system: You are a helpful assistant.
user:
Analyze the provided spectrum to determine if it is a **"Cataclysmic Variables (CV)"**.

- **Key Indicators for CV (Check for either state):**
    - **State 1: Quiescent / Low-State (Emission-Dominated)**
        - **(Primary):** Strong and *very broad* Hydrogen Balmer emission lines (e.g., $H\alpha$ at 6563 Å, $H\beta$ at 4861 Å). The 'broadness' (high velocity dispersion, often FWHM > 1000 km/s) is the key diagnostic, indicating a high-velocity accretion disk.
        - **(Secondary):** Broad neutral Helium (He I) emission lines (e.g., 5876 Å, 6678 Å).
        - **(Key Confirmation):** Presence of high-excitation *ionized* Helium (He II) emission at 4686 Å. This is a strong indicator of accretion onto a white dwarf.
        - **(Line Profile):** Emission lines may exhibit a 'double-peaked' profile, which is a classic signature of a rotating accretion disk viewed at high inclination.

    - **State 2: Outburst / High-State (Absorption-Dominated)**
        - **(Primary):** Spectrum is dominated by a bright, blue continuum (looks like a hot star).
        - **(Secondary):** The emission lines from State 1 are weak, absent, or 'filled in', and are replaced by broad, shallow *absorption* lines (primarily Balmer and He I).
        - **(Morphology):** The overall spectrum mimics a hot B/A-type star. The crucial difference is that the absorption lines are significantly broader, shallower, and more 'washed-out' (or 'smeared') than the sharp lines of a normal stellar photosphere, due to high rotational speeds and pressure broadening in the disk.

Think first, call **spectral_visualization_tool** if needed to examine features in detail, then provide your final answer. Your response must adhere to the following strict rules:
1.  **Overall Structure:** Your response must follow the format `<think>...</think> <tool_call>...</tool_call> (if a tool is used) <answer>...</answer>`.
2.  **Tool Usage Constraint:** You may only make **one** tool call per turn.
3.  **Final Answer Format:** In the `<answer>` tag, your conclusion must be inside a `\boxed{}` command (e.g., `\boxed{YES}`), followed by your justification.

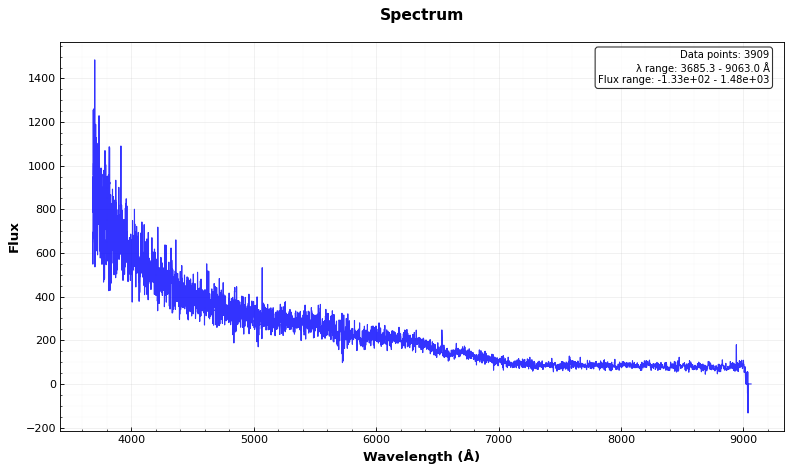
Answer: YES